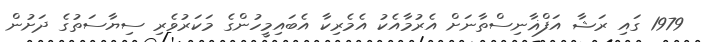
1979 ގައި ރަޝާ އަފްޣާނިސްތާނަށް އެރުމާއެކު އެމެރިކާ އެބައިމީހުންގެ މަކަރުވެރި ސިޔާސަތުގެ ދަށުން